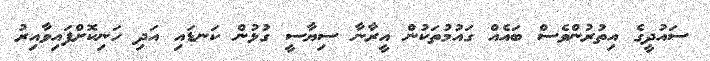
ސައުދީގެ އިތުރުންވެސް ބައެއް ގައުމުތަކުން އީރާނާ ސިޔާސީ ގުޅުން ކަނޑައި އަދި ހަނިކޮށްފައިވާއިރު